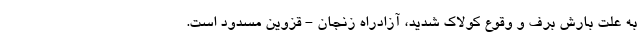
به علت بارش برف و وقوع کولاک شدید، آزادراه زنجان - قزوین مسدود است.